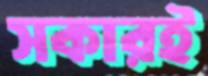
সকারই